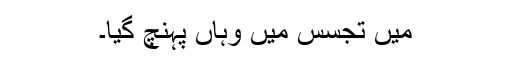
میں تجسس میں وہاں پہنچ گیا۔